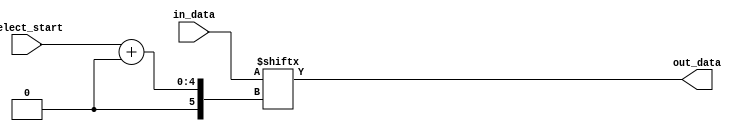
module part_select_assign(
    input [7:0] in_data,
    input [3:0] select_start,
    output reg [3:0] out_data
);

always @* begin
    out_data = in_data[select_start +: 4]; // Selecting a range of 4 bits starting from select_start position
end

endmodule